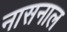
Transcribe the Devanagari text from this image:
नासनाल